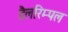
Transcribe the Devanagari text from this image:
डैलरिम्पल